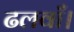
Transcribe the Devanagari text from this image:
ढलवाँ।